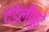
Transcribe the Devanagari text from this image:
दंडेलीपुढे